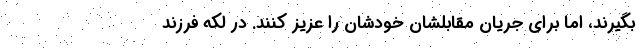
بگیرند، اما برای جریان مقابلشان خودشان را عزیز کنند. در لکه فرزند